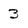
Character: 3